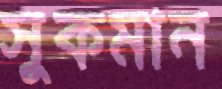
সুকমান